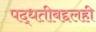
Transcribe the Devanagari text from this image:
पद्धतीबद्दलही